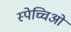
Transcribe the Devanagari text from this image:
स्पेच्चिओ